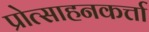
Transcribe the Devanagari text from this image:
प्रोत्साहनकर्त्ता